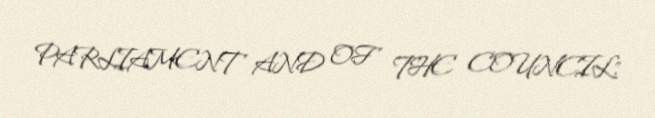
PARLIAMENT AND OF THE COUNCIL".